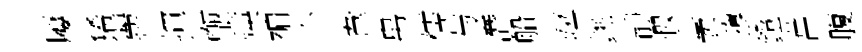
屨狶麗揮甑煐褊个韋帛儒与潛船竝銚靜遐袤隳鐙菖腹